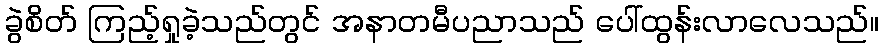
ခွဲစိတ် ကြည့်ရှုခဲ့သည်တွင် အနာတမီပညာသည် ပေါ်ထွန်းလာလေသည်။